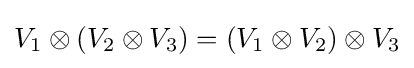
V_{1}\otimes (V_{2}\otimes V_{3})=(V_{1}\otimes V_{2})\otimes V_{3}